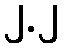
၂.၂